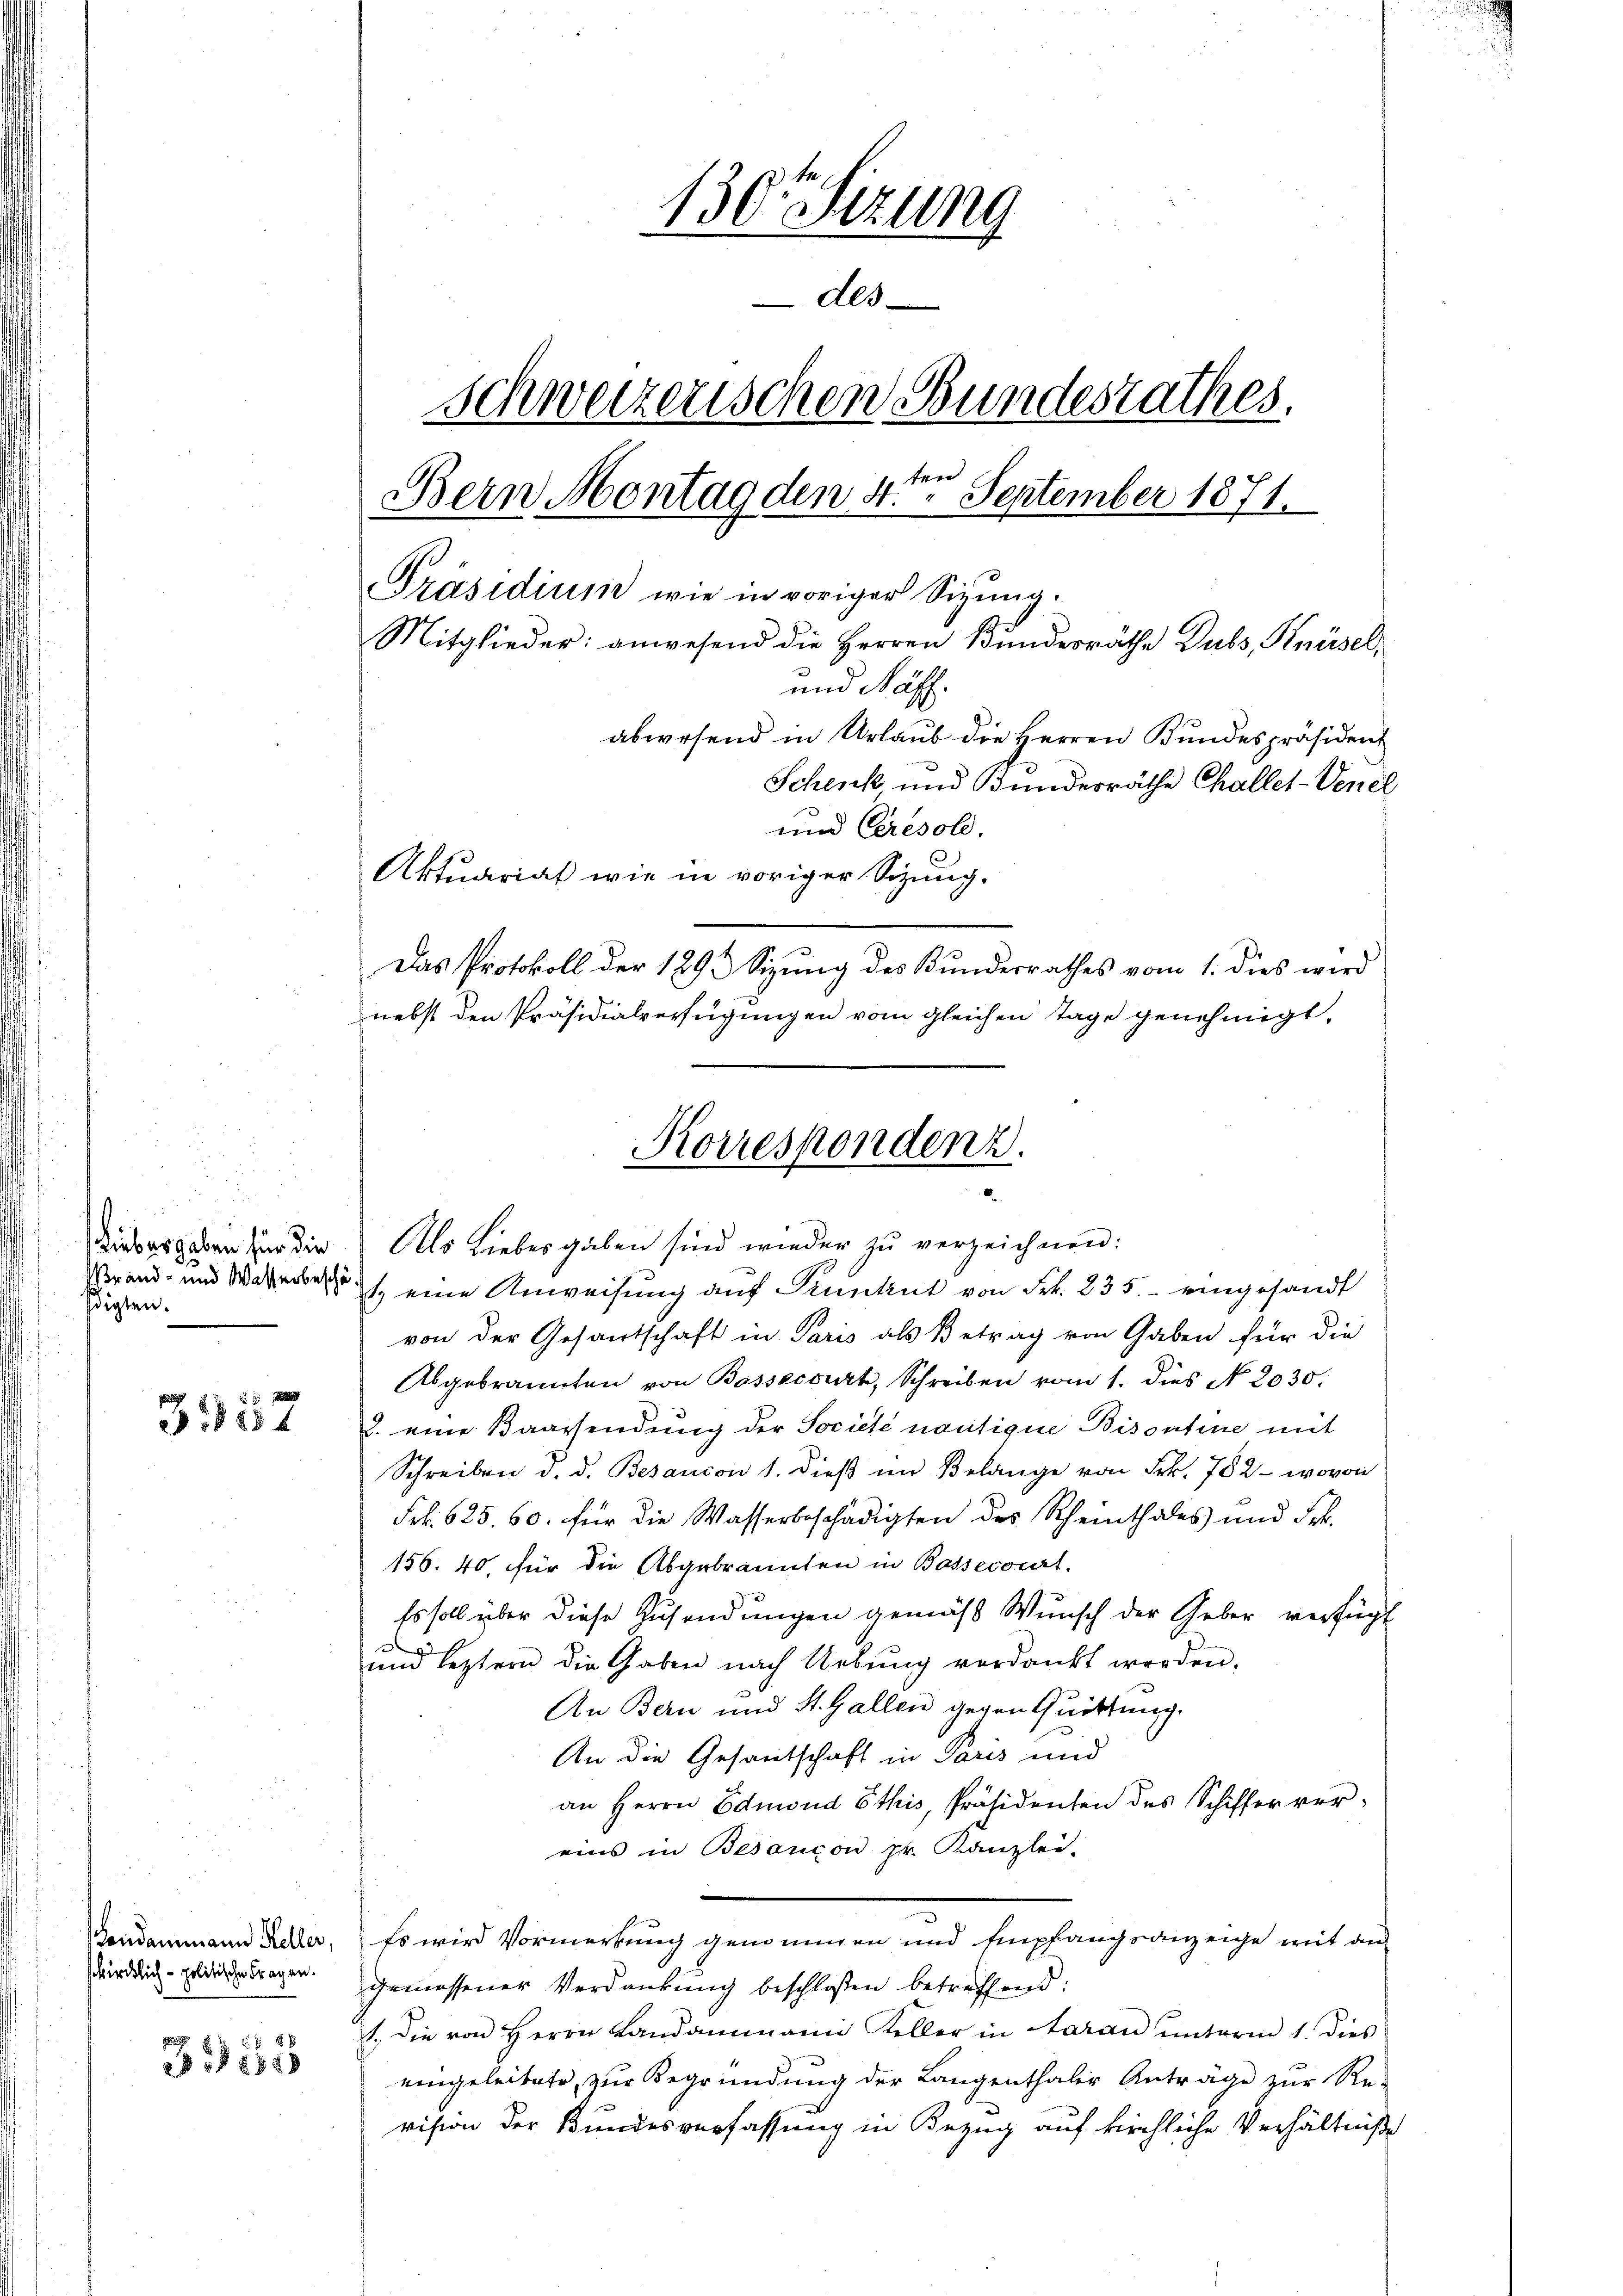
Liebesgaben für die
edigten.

3357

Landammann Keller,
swircklich - politische Fragen.

3155

130te Sitzung
Als
schweizerischen Bundesrathes.
Bern Montag den 4ten September 1871.
Präsidium wie in voriger Sizung.
Mitglieder: anwesend die Herren Bundesräthe Dubs, Knüsel,
und Näff.
abwesend in Urlaub die Herren Bundespräsident
Schenk, und Bundesräthe Challet-Venel
und Ceresold.
Aktuariat wie in voriger Sizung.
Das Protokoll der 1893 Sizung des Bundesrathes vom 1. dies wird
nebst den Präsidialverfügungen vom gleichen Tage genehmigt.

Brand- und er eine Anweisung auf Funkt von Frk. 335. - eingesandt
von der Gesantschaft in Paris als Betrag von Gaben für die
Abgebrannten von Bassecourt, Schreiben vom 1. dies No. 2030.
d. eine Baarsendung der Societe nantique Bisontine mit
Schreiben d. d. Besandon 1. dieß im Belange von Frk. 782 - wovon
Frk. 625. 60. für die Wasserbeschädigten des Scheinthales und Frk.
156. 40, für die Abgebrannten in Bassecorirt.
Es soll über diese Zusendungen gemäß Wunsch der Geber verfügt
g
und leztern die Gaben nach Uebŭng verdankt werden.
An Bern und St. Gallen gegen Quittung.
An die Gesantschaft in Paris und
an Herrn Edmond Ethis, Präsidenten des Schiffer vereins in Besançon pr. Kanzlei-
Es wird Vormerkung genommen und Empfangsanzeige mit an-
gemessener Verdankung beschlossen betreffend:
1., die von Herrn Landammann Keller in daran unterm 1. Dies
eingeleitete, zur Begründung der Langenthaler Anträge zur Re-
vision der Bundesverfassung in Bezug auf kirchliche Verhältniße

Korrespondenz.
Als Liebesgaben sind wieder zŭ verzeichnen: